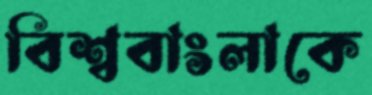
বিশ্ববাংলাকে